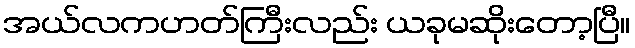
အယ်လကဟတ်ကြီးလည်း ယခုမဆိုးတော့ပြီ။